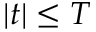
| t | \leq T